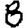
Digit: 8